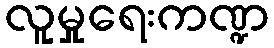
လူမှုရေးကဏ္ဍ